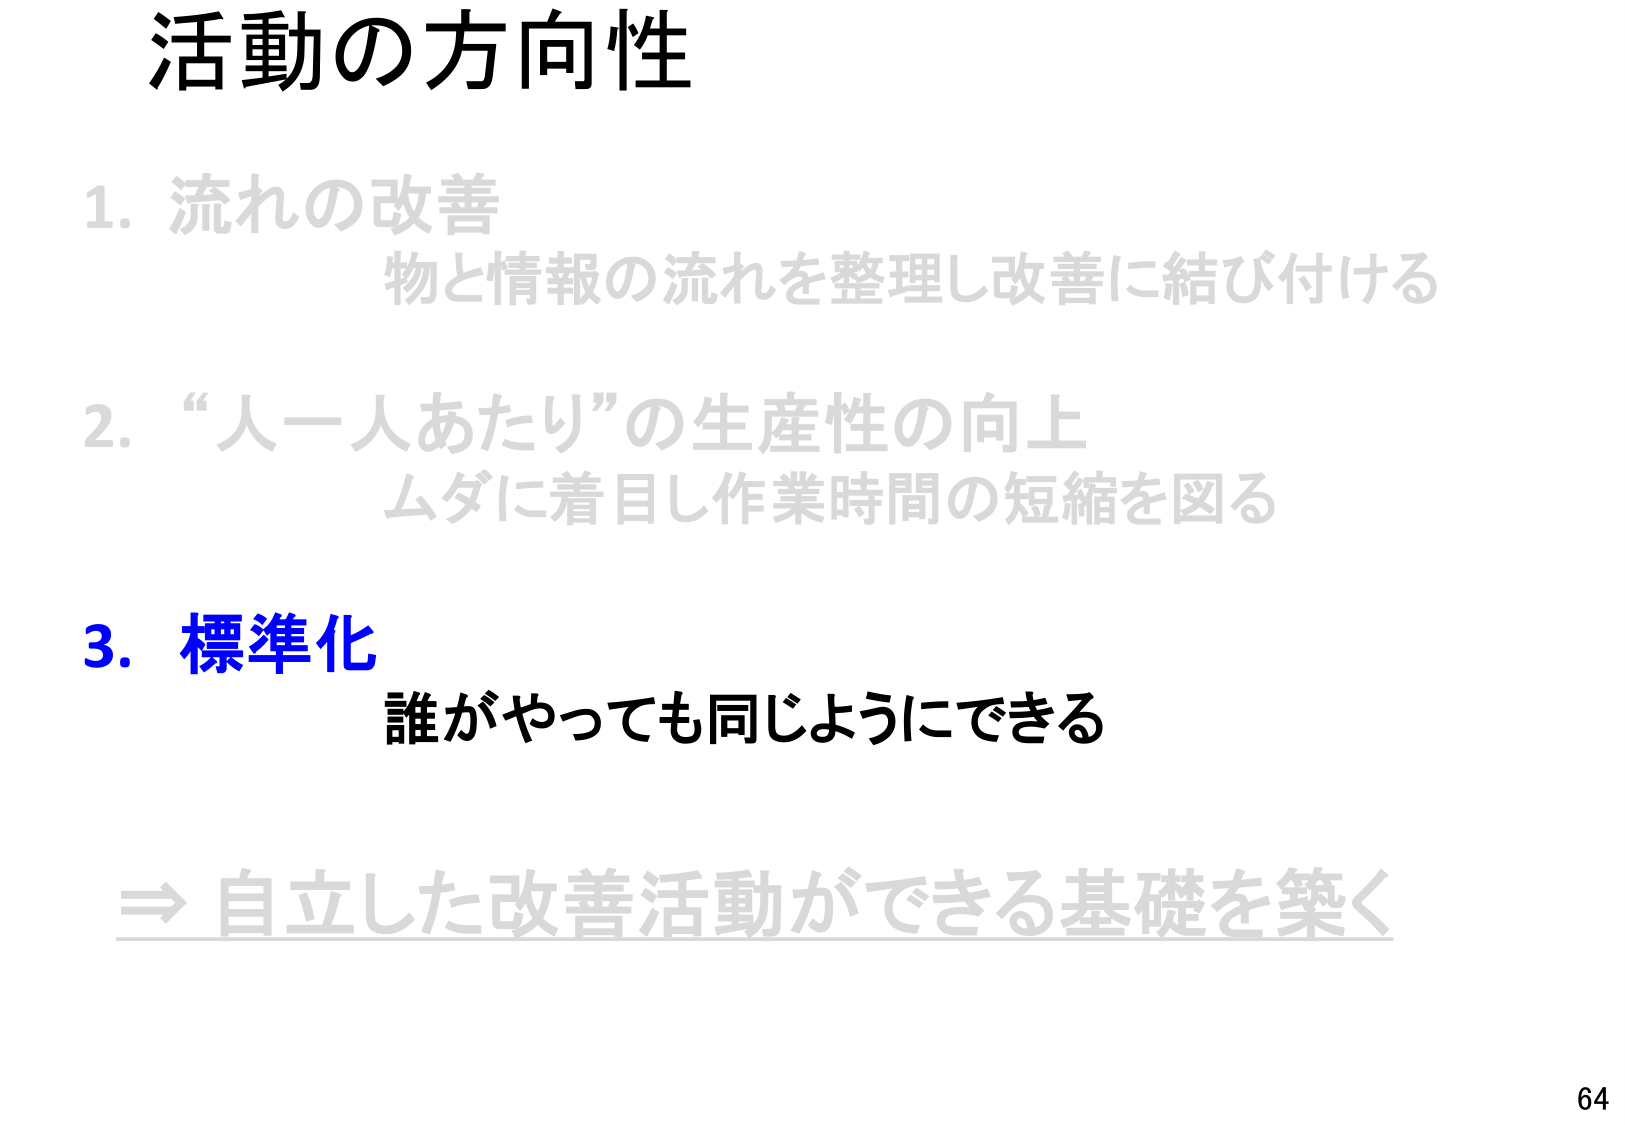
活動の方向性

1. 流れの改善
　物と情報の流れを整理し改善に結び付ける

2. “人一人あたり”の生産性の向上
　ムダに着目し作業時間の短縮を図る

3. 標準化
　誰がやっても同じようにできる

⇒ 自立した改善活動ができる基礎を築く

64